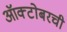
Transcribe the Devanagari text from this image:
ऑक्टोबरची